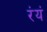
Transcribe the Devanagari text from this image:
रंयं